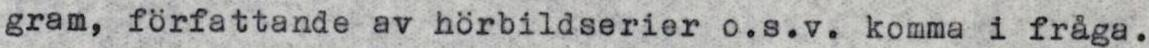
gram, författande av hörbildserier o.s.v. komma i fråga.